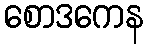
စောဒကေန